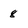
Character: 8